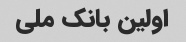
اولین بانک ملی